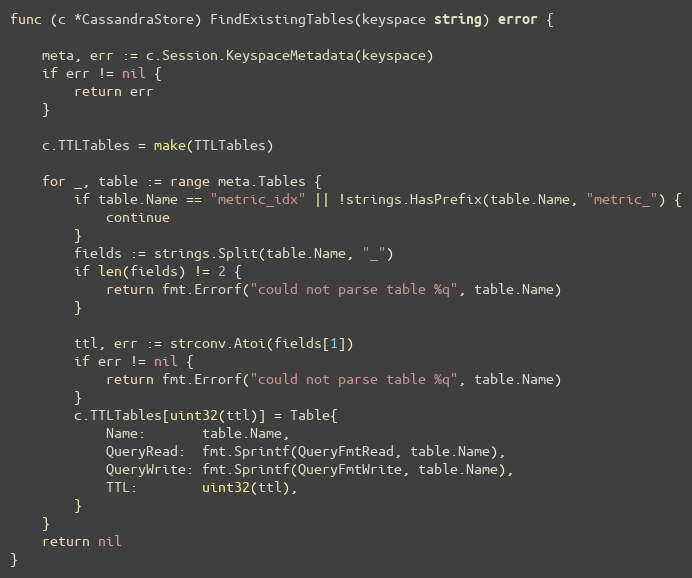
Language: Go
func (c *CassandraStore) FindExistingTables(keyspace string) error {

	meta, err := c.Session.KeyspaceMetadata(keyspace)
	if err != nil {
		return err
	}

	c.TTLTables = make(TTLTables)

	for _, table := range meta.Tables {
		if table.Name == "metric_idx" || !strings.HasPrefix(table.Name, "metric_") {
			continue
		}
		fields := strings.Split(table.Name, "_")
		if len(fields) != 2 {
			return fmt.Errorf("could not parse table %q", table.Name)
		}

		ttl, err := strconv.Atoi(fields[1])
		if err != nil {
			return fmt.Errorf("could not parse table %q", table.Name)
		}
		c.TTLTables[uint32(ttl)] = Table{
			Name:       table.Name,
			QueryRead:  fmt.Sprintf(QueryFmtRead, table.Name),
			QueryWrite: fmt.Sprintf(QueryFmtWrite, table.Name),
			TTL:        uint32(ttl),
		}
	}
	return nil
}